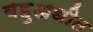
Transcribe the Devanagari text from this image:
बहुअधीत